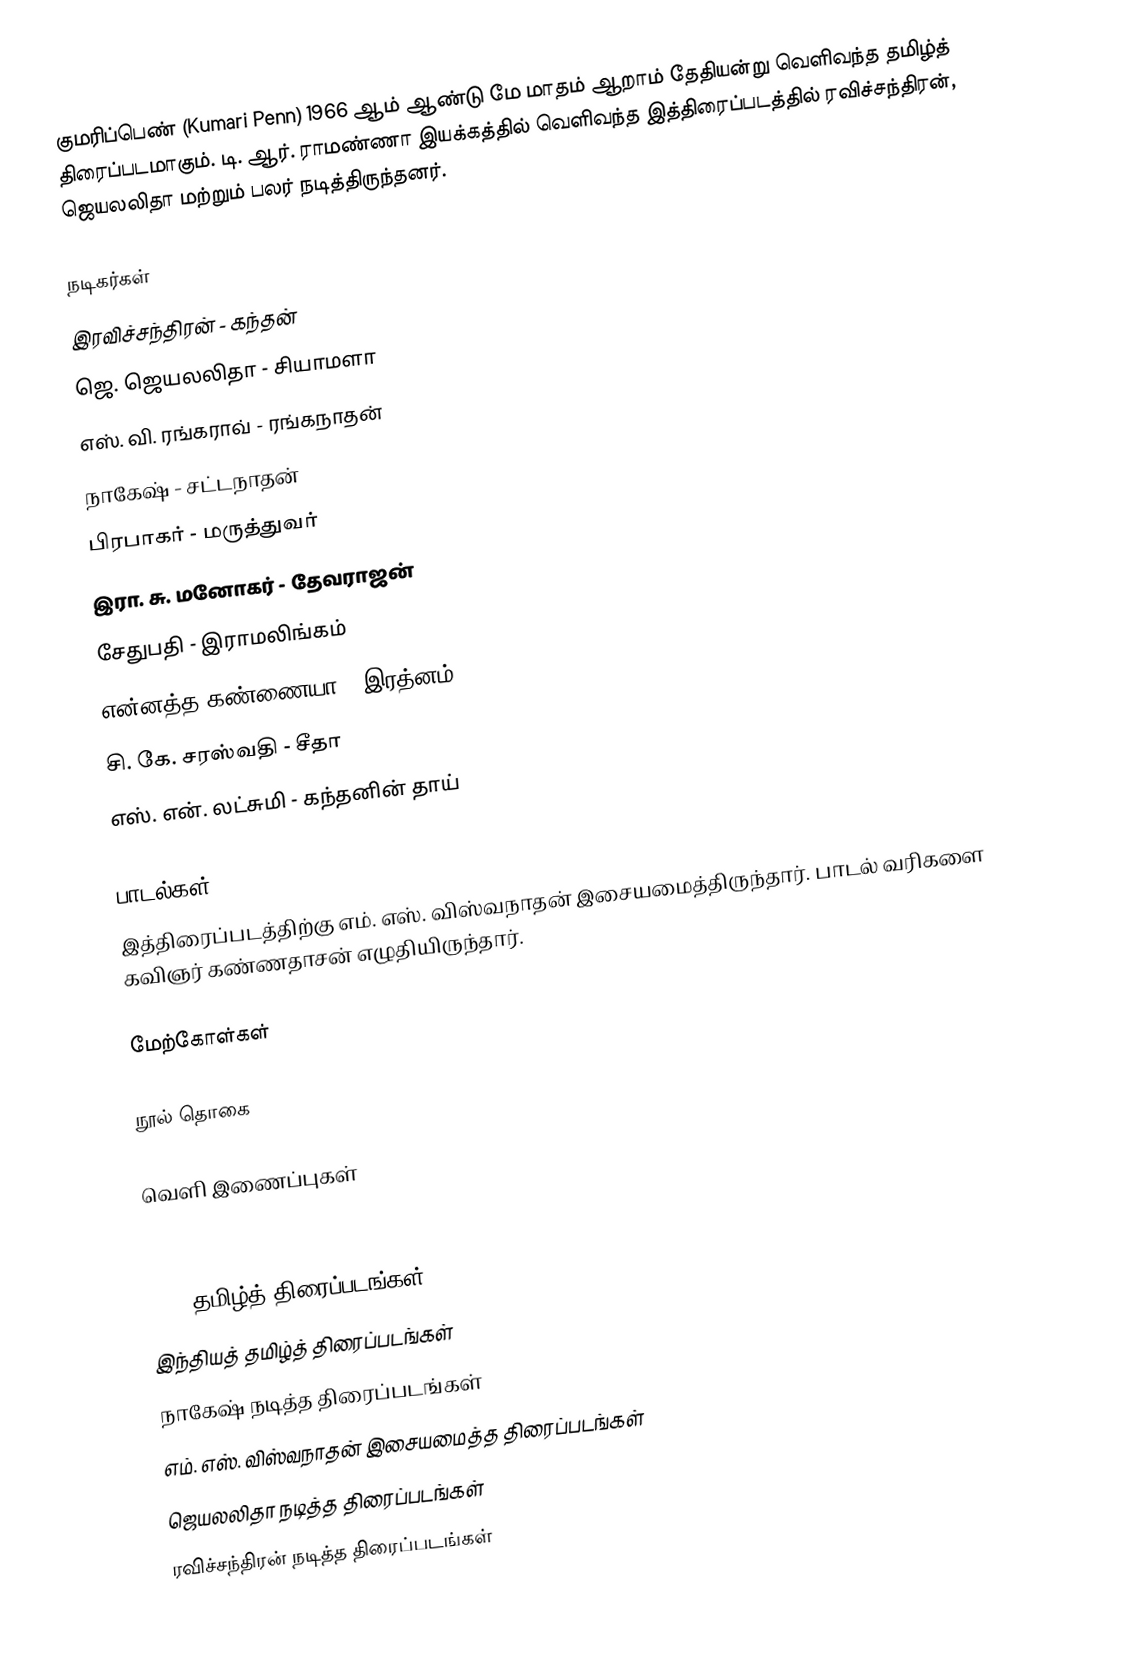
குமரிப்பெண் (Kumari Penn) 1966 ஆம் ஆண்டு மே மாதம் ஆறாம் தேதியன்று வெளிவந்த தமிழ்த் திரைப்படமாகும். டி. ஆர். ராமண்ணா இயக்கத்தில் வெளிவந்த இத்திரைப்படத்தில் ரவிச்சந்திரன், ஜெயலலிதா மற்றும் பலர் நடித்திருந்தனர்.

நடிகர்கள்
 இரவிச்சந்திரன் - கந்தன்
 ஜெ. ஜெயலலிதா - சியாமளா
 எஸ். வி. ரங்கராவ் - ரங்கநாதன்
 நாகேஷ் - சட்டநாதன்
 பிரபாகர் - மருத்துவர்
 இரா. சு. மனோகர் - தேவராஜன்
 சேதுபதி - இராமலிங்கம்
 என்னத்த கண்ணையா - இரத்னம்
 சி. கே. சரஸ்வதி - சீதா
 எஸ். என். லட்சுமி - கந்தனின் தாய்

பாடல்கள்
இத்திரைப்படத்திற்கு எம். எஸ். விஸ்வநாதன் இசையமைத்திருந்தார். பாடல் வரிகளை கவிஞர் கண்ணதாசன் எழுதியிருந்தார்.

மேற்கோள்கள்

நூல் தொகை

வெளி இணைப்புகள்

1966 தமிழ்த் திரைப்படங்கள்
இந்தியத் தமிழ்த் திரைப்படங்கள்
நாகேஷ் நடித்த திரைப்படங்கள்
எம். எஸ். விஸ்வநாதன் இசையமைத்த திரைப்படங்கள்
ஜெயலலிதா நடித்த திரைப்படங்கள்
ரவிச்சந்திரன் நடித்த திரைப்படங்கள்